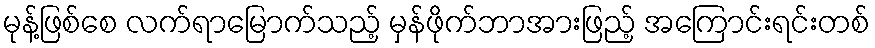
မုန့်ဖြစ်စေ လက်ရာမြောက်သည့် မှန်ဖိုက်ဘာအားဖြည့် အကြောင်းရင်းတစ်